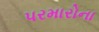
પરમારોના